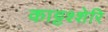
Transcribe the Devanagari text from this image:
काट्टश्शेरि